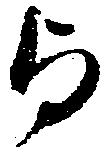
与